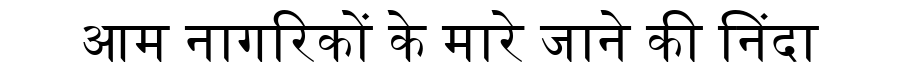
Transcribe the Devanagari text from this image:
आम नागरिकों के मारे जाने की निंदा